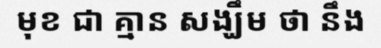
មុខ ជា គ្មាន សង្ឃឹម ថា នឹង